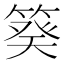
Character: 𥯫